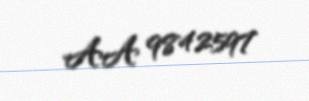
AA 9842597